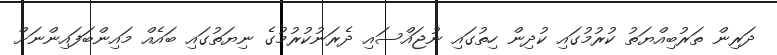
ދަރިން ތަރުބިއްޔަތު ކުރުމުގައި ކުދިން ހިތުގައި ނުޖައްސައި ދެރަނުކުރުމުގެ ނިޔަތުގައި ބައެއް މައިންބަފައިންނަށް